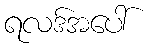
ရလဒ်အပေါ်